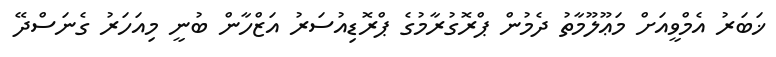
ޚަބަރު އެމްވީއަށް މަޢޫލޫމާތު ދެމުން ޕްރޮގުރާމުގެ ޕްރޮޑިއުސަރު އަޒްހާން ބުނީ މިއަހަރު ގެނަސްދޭ